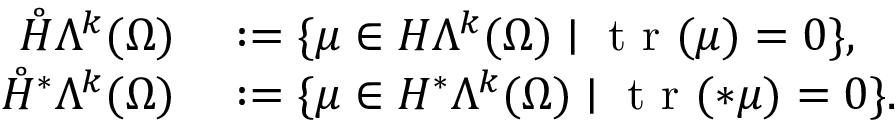
\begin{array} { r l } { \mathring { H } \Lambda ^ { k } ( \Omega ) } & { { } : = \{ \mu \in H \Lambda ^ { k } ( \Omega ) \mid \mathrm { ~ t ~ r ~ } ( \mu ) = 0 \} , } \\ { \mathring { H } ^ { \ast } \Lambda ^ { k } ( \Omega ) } & { { } : = \{ \mu \in H ^ { \ast } \Lambda ^ { k } ( \Omega ) \mid \mathrm { ~ t ~ r ~ } ( \ast \mu ) = 0 \} . } \end{array}